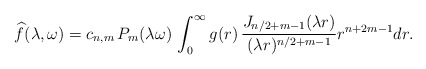
\begin{align*} \widehat{f}(\lambda,\omega) = c_{n,m} \, P_m(\lambda \omega) \, \int_0^\infty g(r) \, \frac{J_{n/2+m-1}(\lambda r)}{(\lambda r)^{n/2+m-1}} r^{n+2m-1} dr .\end{align*}